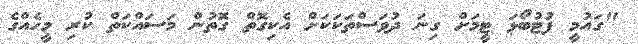
"ގައުމީ ފުޓުބޯޅަ ޓީމަށް ގިނަ ދުވަސްތަކަކަށް އެކިގޮތް ގޮތުން މަސައްކަތް ކުރި މީހެއްގެ